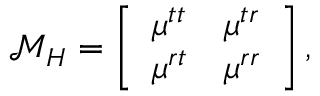
\boldsymbol { \mathcal { M } } _ { H } = \left[ \begin{array} { l l } { \boldsymbol { \mu } ^ { t t } } & { \boldsymbol { \mu } ^ { t r } } \\ { \boldsymbol { \mu } ^ { r t } } & { \boldsymbol { \mu } ^ { r r } } \end{array} \right] ,